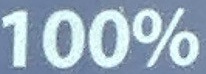
100%